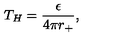
T _ { H } = { \frac { \epsilon } { 4 \pi r _ { + } } } ,